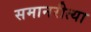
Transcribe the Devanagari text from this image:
समानरीत्या